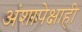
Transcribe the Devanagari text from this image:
अंशापेक्षाही